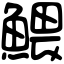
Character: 鰃